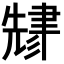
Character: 𬚬